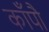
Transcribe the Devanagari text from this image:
काँपौ